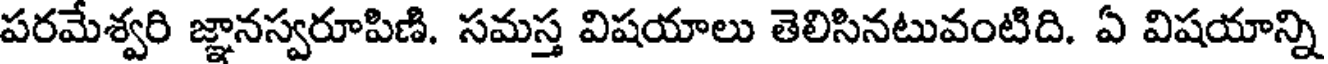
పరమేశ్వరి జ్ఞానస్వరూపిణి. సమస్త విషయాలు తెలిసినటువంటిది. ఏ విషయాన్ని